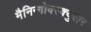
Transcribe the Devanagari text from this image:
मैनिन्गोवस्क्युलर